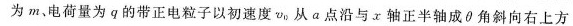
为m、电荷量为q的带正电粒子以初速度v_{0}从a点沿与x轴正半轴成θ角斜向右上方